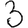
Digit: 3